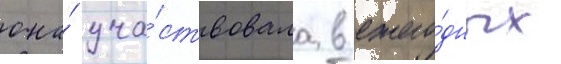
она́ уча́ствовала в ежего́дных